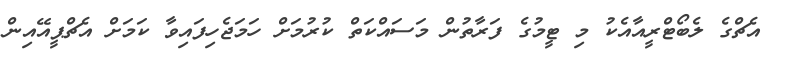
އެޗްގެ ލެބޯޓްރީއާއެކުު މި ޓީމުގެ ފަރާތުން މަސައްކަތް ކުރުމަށް ހަމަޖެހިފައިވާ ކަމަށް އެޗްޕީއޭއިން